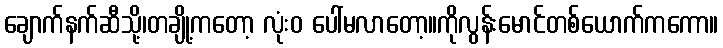
ချောက်နက်ဆီသို့၊တချို့ကတော့ လုံးဝ ပေါ်မလာတော့။ကိုလွန်းမောင်တစ်ယောက်ကကော။